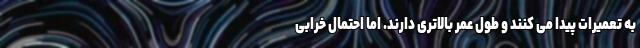
به تعمیرات پیدا می کنند و طول عمر بالاتری دارند. اما احتمال خرابی